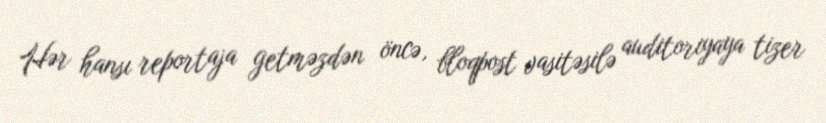
Hər hansı reportaja getməzdən öncə, bloqpost vasitəsilə auditoriyaya tizer